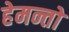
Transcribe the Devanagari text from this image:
हेमन्तो